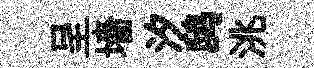
呈墻汐鸱洮